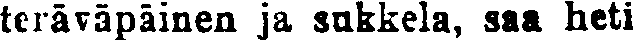
teräväpäinen ja sukkela, saa heti